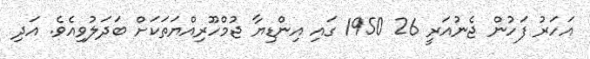
އަހަރު ފަހުން ޖެނުއަރީ 26 1950 ގައި އިންޑިޔާ ޖުމްހޫރިއްޔަތަކަށް ބަދަލުވިއެވެ. އަދި